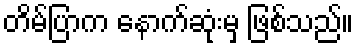
တိမ်ပြာက နောက်ဆုံးမှ ဖြစ်သည်။